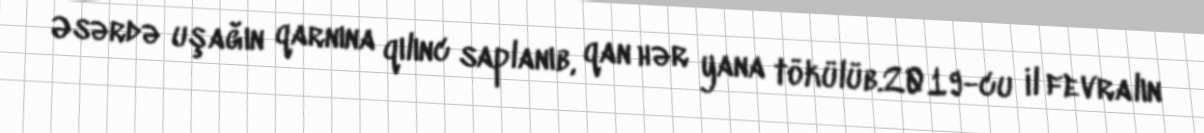
Əsərdə uşağın qarnına qılınc saplanıb, qan hər yana tökülüb.2019-cu il fevralın